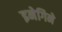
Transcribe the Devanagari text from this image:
इनेगिने